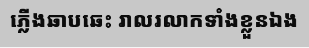
ភ្លើងឆាបឆេះ រាលរលាកទាំងខ្លួនឯង